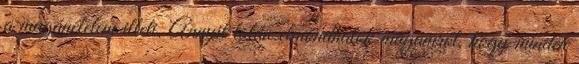
a magánéletem illeti. Annyit talán elmondhatok magamról, hogy minden